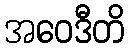
အဝေဒီတိ